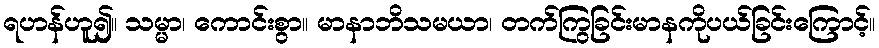
ရဟန်ဟူ၍။ သမ္မာ၊ ကောင်းစွာ။ မာနာဘိသမယာ၊ တက်ကြွခြင်းမာနကိုပယ်ခြင်းကြောင့်။